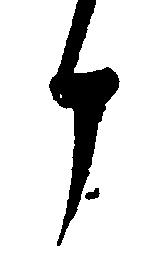
候